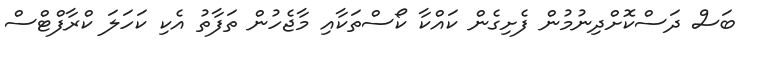
ބަސް ދަސްކޮށްދިނުމުން ފެށިގެން ކައްކާ ކޯސްތަކާއި މާޖެހުން ތަފާތު އެކި ކަހަލަ ކްރާފްޓްސް